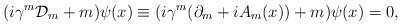
\begin{align*}(i\gamma^{m}{\cal D}_{m}+m)\psi(x)\equiv(i\gamma^{m}(\partial_{m}+iA_{m}(x))+m)\psi(x)=0,\end{align*}